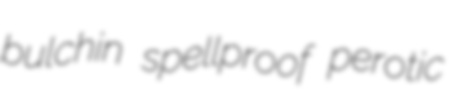
bulchin spellproof perotic